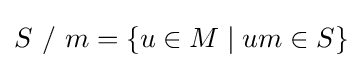
S\ /\ m=\{u\in M\;\vert \;um\in S\}